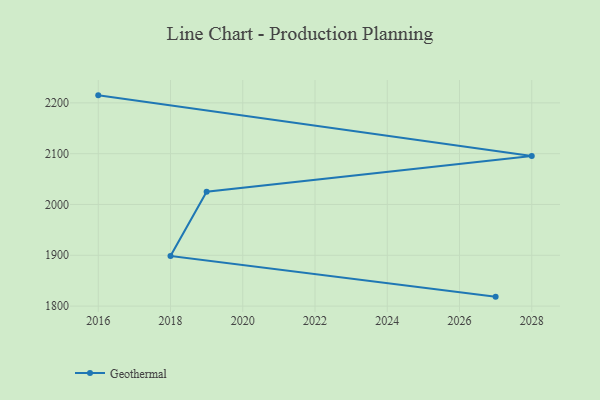
{"axis": {"x": "Year", "y": "Budget (USD K)"}, "legend": ["Geothermal"], "data": [{"x": "2027", "y": 1818.6, "type": "Geothermal"}, {"x": "2018", "y": 1898.8, "type": "Geothermal"}, {"x": "2019", "y": 2025.1, "type": "Geothermal"}, {"x": "2028", "y": 2095.4, "type": "Geothermal"}, {"x": "2016", "y": 2214.8, "type": "Geothermal"}]}